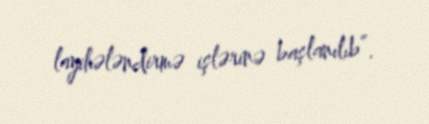
layihələndirmə işlərinə başlanılıb”.